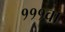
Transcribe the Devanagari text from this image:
१११वा